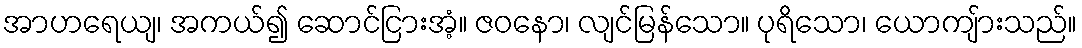
အာဟရေယျ၊ အကယ်၍ ဆောင်ငြားအံ့။ ဇဝနော၊ လျင်မြန်သော။ ပုရိသော၊ ယောကျ်ားသည်။